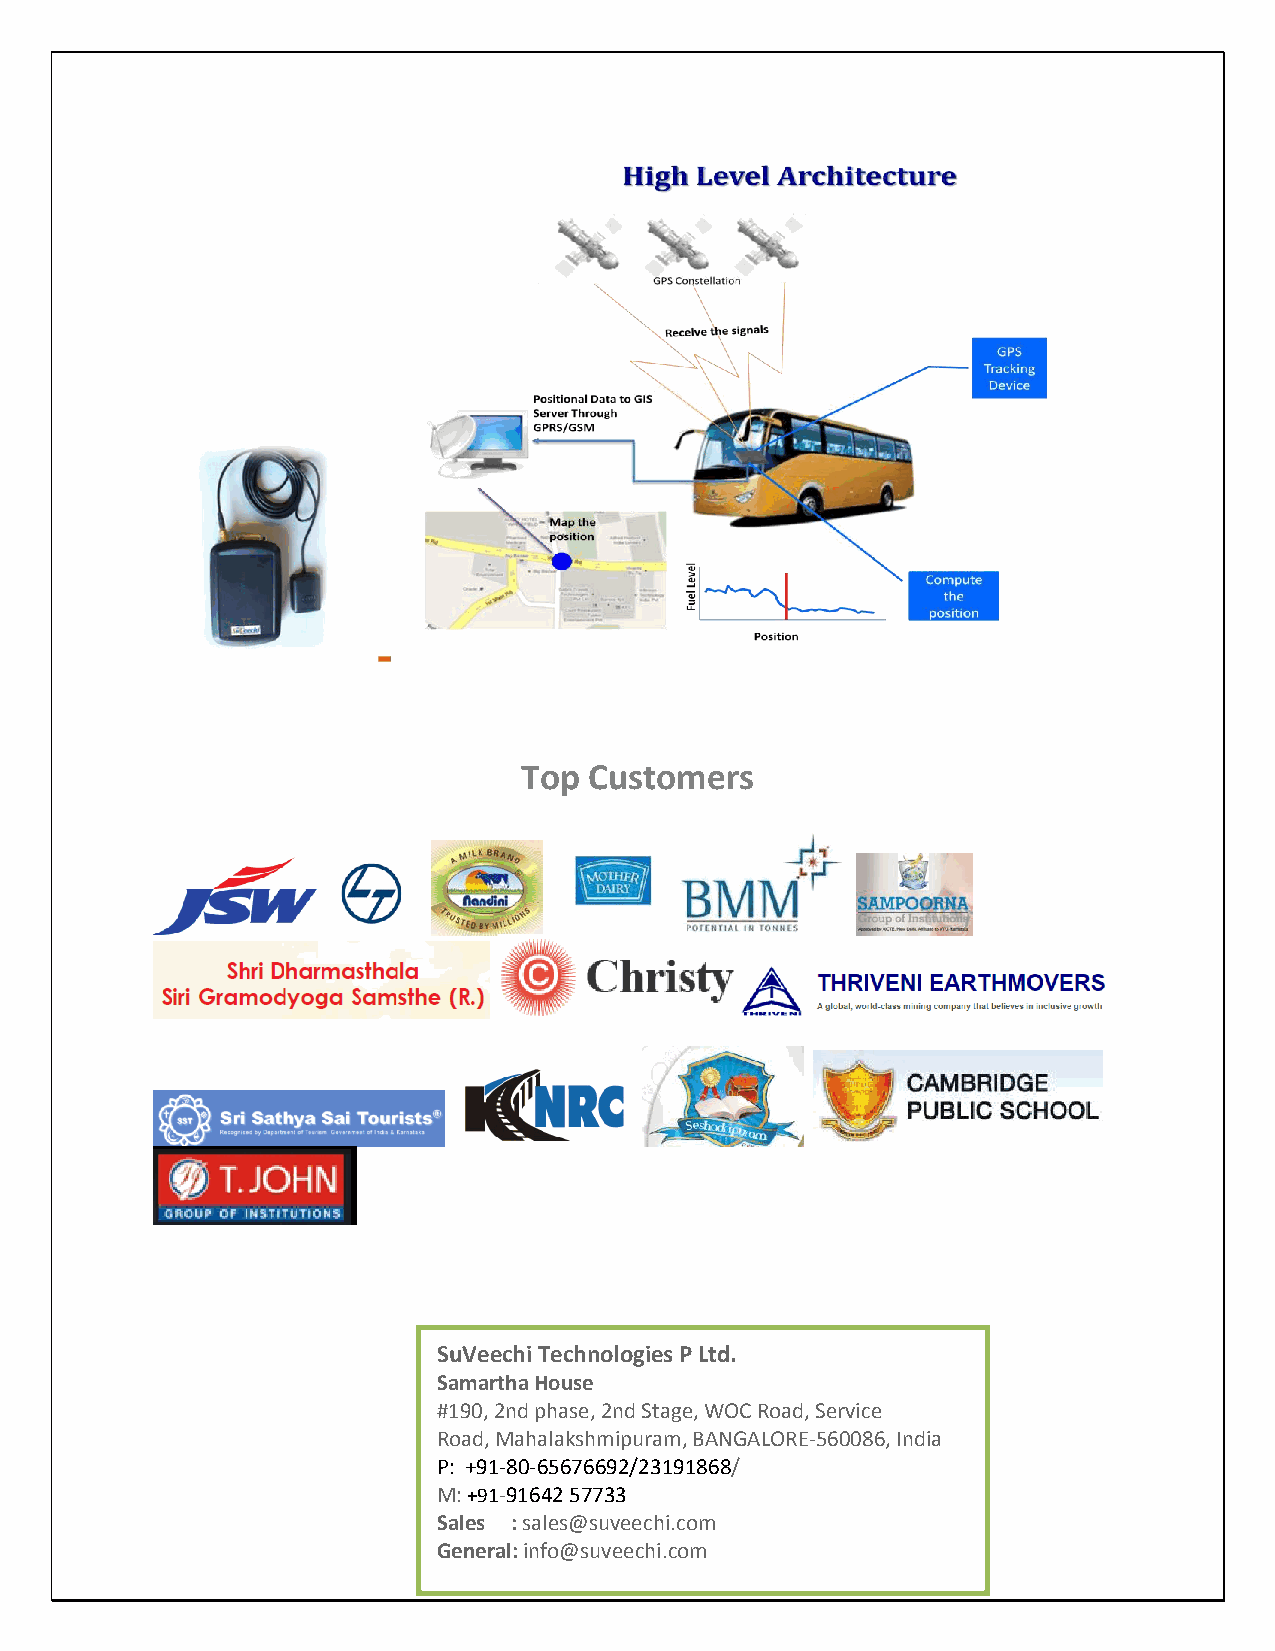
Top Customers
 SuVeechi Technologies P Ltd.
 Samartha House
 #190, 2nd phase, 2nd Stage, WOC Road, Service
 Road, Mahalakshmipuram, BANGALORE-560086, India
 P: +91-80-65676692/23191868/
 M: +91-91642 57733
 Sales : sales@suveechi.com
 General: info@suveechi.com